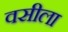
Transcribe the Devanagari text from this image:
वसीला